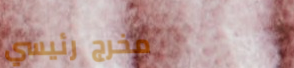
مخرج رئيسي